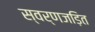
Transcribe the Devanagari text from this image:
स्वर्णजड़ित